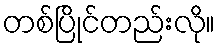
တစ်ပြိုင်တည်းလို။